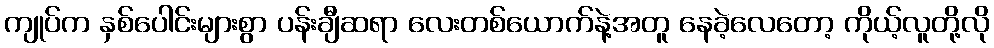
ကျုပ်က နှစ်ပေါင်းများစွာ ပန်းချီဆရာ လေးတစ်ယောက်နဲ့အတူ နေခဲ့လေတော့ ကိုယ့်လူတို့လို